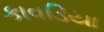
કાવડિયા